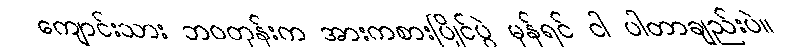
ကျောင်းသား ဘဝတုန်းက အားကစားပြိုင်ပွဲ မှန်ရင် ငါ ပါတာချည်းပဲ။